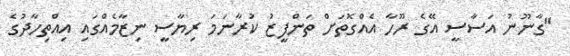
"ގާނޫނު އަސާސީ އޭގެ ރޫހާ އެއްގޮތަށް ތަންފީޒު ކުރާނަމަ ރިޔާސީ ނިޒާމެއްގައި އިއްތިހާދުގެ